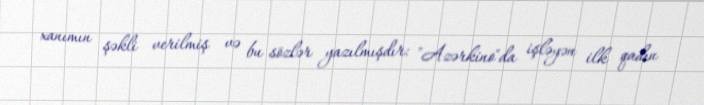
xanımın şəkli verilmiş və bu sözlər yazılmışdır: "Azərkino"da işləyən ilk qadın